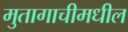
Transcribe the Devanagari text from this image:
मुतागाचीमधील